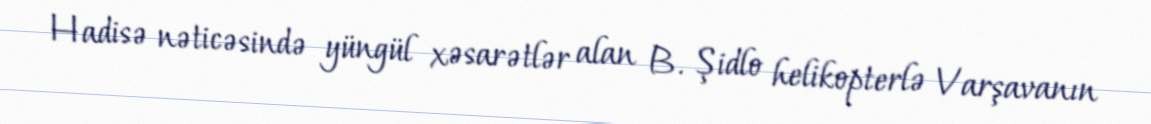
Hadisə nəticəsində yüngül xəsarətlər alan B. Şidlo helikopterlə Varşavanın